system: You are a helpful assistant.
user:
Analyze the provided spectrum to determine if it is a **White Dwarf (WD)**.

A White Dwarf spectrum is defined by its **extreme purity** (due to gravitational settling) and/or **extreme pressure broadening** (due to high surface gravity). You must check for one of the following mutually exclusive signatures:

- **Key Visual Indicators (Check for ONE of these types):**

    - **1. DA-Type Signature (Most Common):**
        - **(Primary Feature):** Extreme pressure broadening (Stark broadening) of the **Hydrogen (H) Balmer lines**.
        - **(Key Lines):** $H\beta$ (approx. $4861$ Å) and $H\gamma$ (approx. $4340$ Å). $H\alpha$ (approx. $6563$ Å) will also be present if the wavelength range covers it.
        - **(Line Profile):** This is the **defining feature**. The lines are **NOT** sharp. They appear as massive, **extremely broad and deep "troughs" or "dips"** in the spectrum, often hundreds of Ångströms wide. The continuum will appear to "scoop" down at these wavelengths.
        - **(Distinction):** Normal A-type or B-type stars have *narrow* and *sharp* Hydrogen lines. A DA White Dwarf's lines are unmistakably "smeared" or "blurry" from pressure.

    - **2. DB-Type Signature:**
        - **(Primary Feature):** Broad absorption lines from **Neutral Helium (He I)**. The spectrum must lack any visible Hydrogen lines.
        - **(Key Lines):** Look for broad absorption near $4471$ Å, $4921$ Å, and $5876$ Å.
        - **(Line Profile):** These lines are also significantly pressure-broadened, appearing much wider than they would in a normal B-type main-sequence star.

    - **3. DC-Type Signature:**
        - **(Primary Feature):** A **featureless continuous spectrum**.
        - **(Line Profile):** The spectrum is a smooth curve with **no significant absorption or emission lines**.
        - **(Key Confirmation):** The continuum is almost always **blue or white**, indicating a hot object. This signature implies the atmosphere is so pure (or so cool) that no spectral lines are visible in the optical range. Its WD identity is confirmed by its extremely low intrinsic brightness (high absolute magnitude).

    - **4. DZ-Type Signature (Metal-Polluted):**
        - **(Primary Feature):** **Isolated, narrow metal absorption lines** on an otherwise featureless (DC-like) continuum.
        - **(Key Lines):** The **Calcium (Ca II) H & K doublet** (approx. **$3934$ Å** and **$3968$ Å**) is the most common and defining feature.
        - **(Line Profile):** These lines are "out of place." They are *not* part of a "forest" of thousands of lines. This signature is evidence of recent *accretion* (pollution) from rocky debris.
        - **(Distinction):** Normal G/K/M stars have a *dense forest* of thousands of metal lines. A DZ has a *clean* continuum with *only a few* strong metal lines.

    - **5. DQ-Type Signature (Carbon-Polluted):**
        - **(Primary Feature):** Absorption bands from **Carbon (C₂ "Swan Bands" or atomic C I)**.
        - **(Key Lines - C₂):** Look for bandheads with a "saw-tooth" shape near $5635$ Å, **$5165$ Å** (strongest), and $4737$ Å.
        - **(Key Confirmation):** The underlying **continuum must be blue or white** (hot).
        - **(Distinction):** This is the critical difference from a **Carbon Star**, which has the *exact same* C₂ bands but on an extremely **red, cool** continuum.

- **(Overall Spectrum):**
    - The continuum (overall shape) is typically **blue-sloping** (brighter in the blue than the red), as most white dwarfs are very hot.
    - The spectrum will look "pure" or "simple," dominated by only *one* of the five signatures listed above.

Think first, call **spectral_visualization_tool** if needed to examine features in detail, then provide your final answer. Your response must adhere to the following strict rules:
1.  **Overall Structure:** Your response must follow the format `<think>...</think> <tool_call>...</tool_call> (if a tool is used) <answer>...</answer>`.
2.  **Tool Usage Constraint:** You may only make **one** tool call per turn.
3.  **Final Answer Format:** In the `<answer>` tag, your conclusion must be inside a `\boxed{}` command (e.g., `\boxed{YES}` or `\boxed{NO}`), followed by your justification.

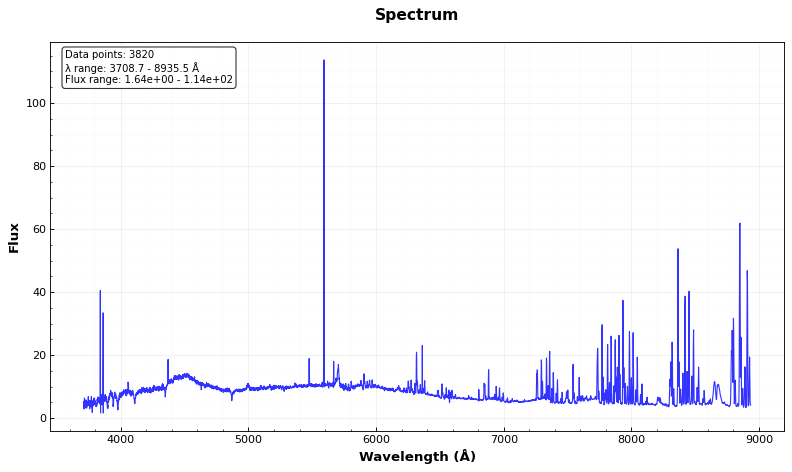
Answer: YES